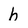
Character: h